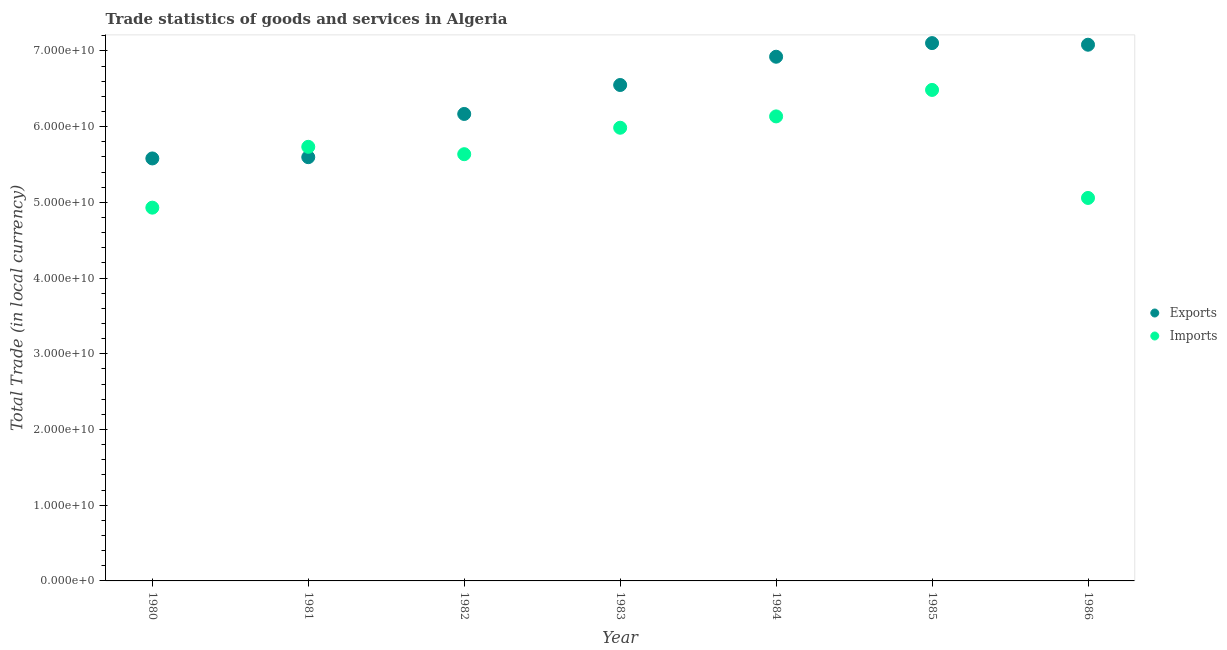
| Year | Exports | Imports |
 | --- | --- | --- |
 | 1980 | 5.58e+10 | 4.93e+10 |
 | 1981 | 5.6e+10 | 5.73e+10 |
 | 1982 | 6.17e+10 | 5.64e+10 |
 | 1983 | 6.55e+10 | 5.99e+10 |
 | 1984 | 6.92e+10 | 6.14e+10 |
 | 1985 | 7.1e+10 | 6.48e+10 |
 | 1986 | 7.08e+10 | 5.06e+10 |